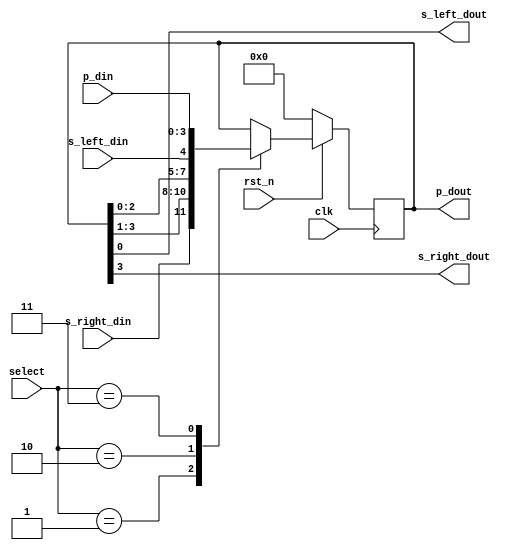
module universal_shift_reg(
  input clk, rst_n, 
  input [1:0] select, 
  input [3:0] p_din,   
  input s_left_din,   
  input s_right_din,  
  output reg [3:0] p_dout, 
  output s_left_dout, 
  output s_right_dout 
);
  always@(posedge clk) begin
    if(!rst_n) p_dout <= 0;
    else begin
      case(select)
        2'h1: p_dout <= {s_right_din,p_dout[3:1]};
        2'h2: p_dout <= {p_dout[2:0],s_left_din};  
        2'h3: p_dout <= p_din; // Parallel in - Parallel out
        default: p_dout <= p_dout;
      endcase
    end
  end
  assign s_left_dout = p_dout[0];
  assign s_right_dout = p_dout[3];
endmodule


module TB;
  reg clk, rst_n;
  reg [1:0] select;
  reg [3:0] p_din;
  reg s_left_din, s_right_din;
  wire [3:0] p_dout; //parallel data out
  wire s_left_dout, s_right_dout;
  
  universal_shift_reg usr(clk, rst_n, select, p_din, s_left_din, s_right_din, p_dout, s_left_dout, s_right_dout);
  
  always #2 clk = ~clk;
  initial begin
    $monitor("select=%b, p_din=%b, s_left_din=%b, s_right_din=%b --> p_dout = %b, s_left_dout = %b, s_right_dout = %b",select, p_din, s_left_din, s_right_din, p_dout, s_left_dout, s_right_dout);
    clk = 0; rst_n = 0;
    #3 rst_n = 1;
    
    p_din = 4'b1101;
    s_left_din = 1'b1;
    s_right_din = 1'b0;
    
    select = 2'h3; #10;
    select = 2'h1; #20;
    p_din = 4'b1101;
    select = 2'h3; #10;
    select = 2'h2; #20;
    select = 2'h0; #20;
    
    $finish;
  end
 
  initial begin 
    $dumpfile("dump.vcd"); $dumpvars;
  end
   
endmodule